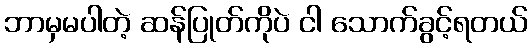
ဘာမှမပါတဲ့ ဆန်ပြုတ်ကိုပဲ ငါ သောက်ခွင့်ရတယ်